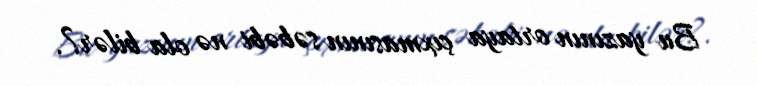
Bu yazının ortaya çıxmasının səbəbi nə ola bilər?.